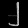
Digit: ၂